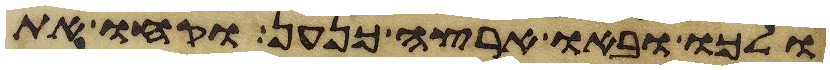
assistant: ולכו ובאו ארצה כנען וקחו את